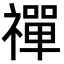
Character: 禪